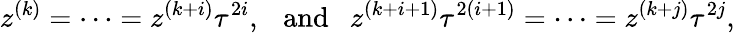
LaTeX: z^{(k)}=\cdots=z^{(k+i)}\tau^{2i},{~~~\mathrm{and~~~}}z^{(k+i+1)}\tau^{2(i+1)}=\cdots=z^{(k+j)}\tau^{2j},